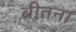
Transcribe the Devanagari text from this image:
बीतना